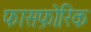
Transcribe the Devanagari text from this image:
फासफ़ोरिक